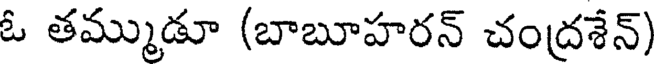
ఓ తమ్ముడూ (బాబూహరన్ చంద్రశేన్)